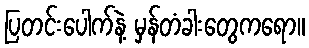
ပြတင်းပေါက်နဲ့ မှန်တံခါးတွေကရော။